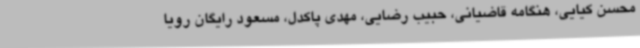
محسن کیایی، هنگامه قاضیانی، حبیب رضایی، مهدی پاکدل، مسعود رایگان رویا